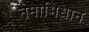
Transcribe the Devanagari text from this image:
नमाभिधान